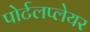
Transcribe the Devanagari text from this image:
पोर्टलप्लेयर